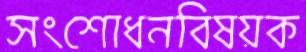
সংশোধনবিষয়ক